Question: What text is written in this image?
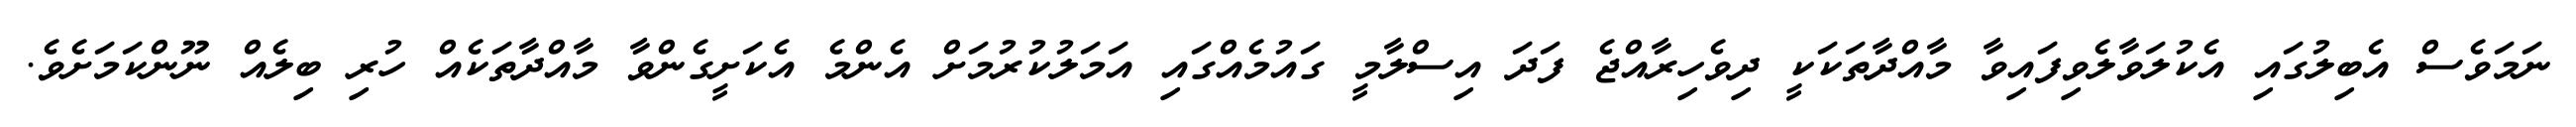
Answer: ނަމަވެސް އެބިލުގައި އެކުލަވާލެވިފައިވާ މާއްދާތަކަކީ ދިވެހިރާއްޖެ ފަދަ އިސްލާމީ ގައުމެއްގައި އަމަލުކުރުމަށް އެންމެ އެކަށީގެންވާ މާއްދާތަކެއް ހުރި ބިލެއް ނޫންކަމަށެވެ.